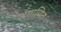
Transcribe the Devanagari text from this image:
अगाणित